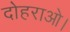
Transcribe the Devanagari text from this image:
दोहराओ।